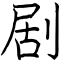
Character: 剧